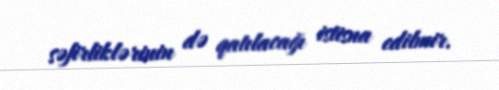
səfirliklərinin də qatılacağı istisna edilmir.